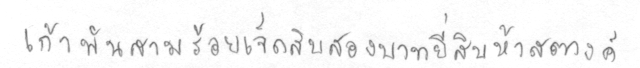
เก้าพันสามร้อยเจ็ดสิบสองบาทยี่สิบห้าสตางค์